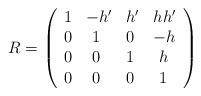
LaTeX: \begin{align*}R=\left ( \begin{array}{llll}1 & -h' & h'&hh' \\0 & \ 1 & 0 &-h \\0 & \ 0 & 1 &\ h \\0 &\ 0 & 0 &\ 1\end{array} \right )\end{align*}